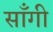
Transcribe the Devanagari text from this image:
साँगी